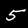
Label: 5